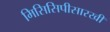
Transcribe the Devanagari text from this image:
मिसिसिपीसारखी